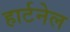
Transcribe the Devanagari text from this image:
हार्टनेल